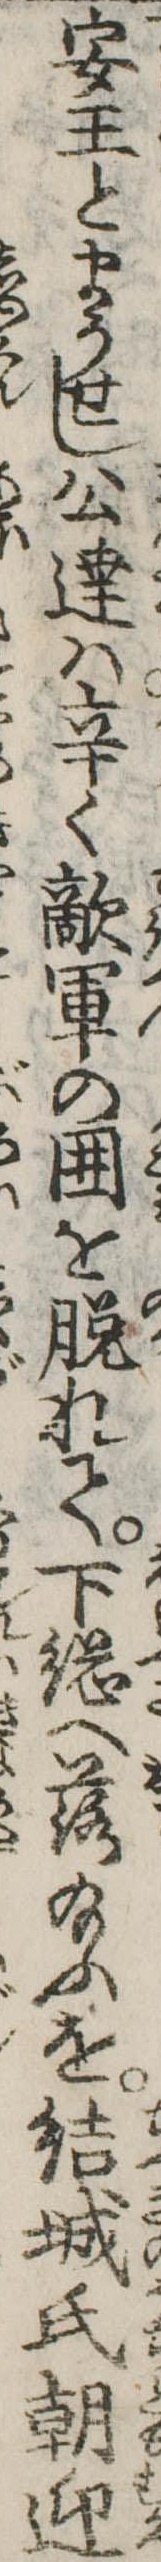
安王とまうせし公達は辛く敵軍の囲を脱れて下総へ落給ふを結城氏朝迎